Trukikaitis_Postimees, lk 130
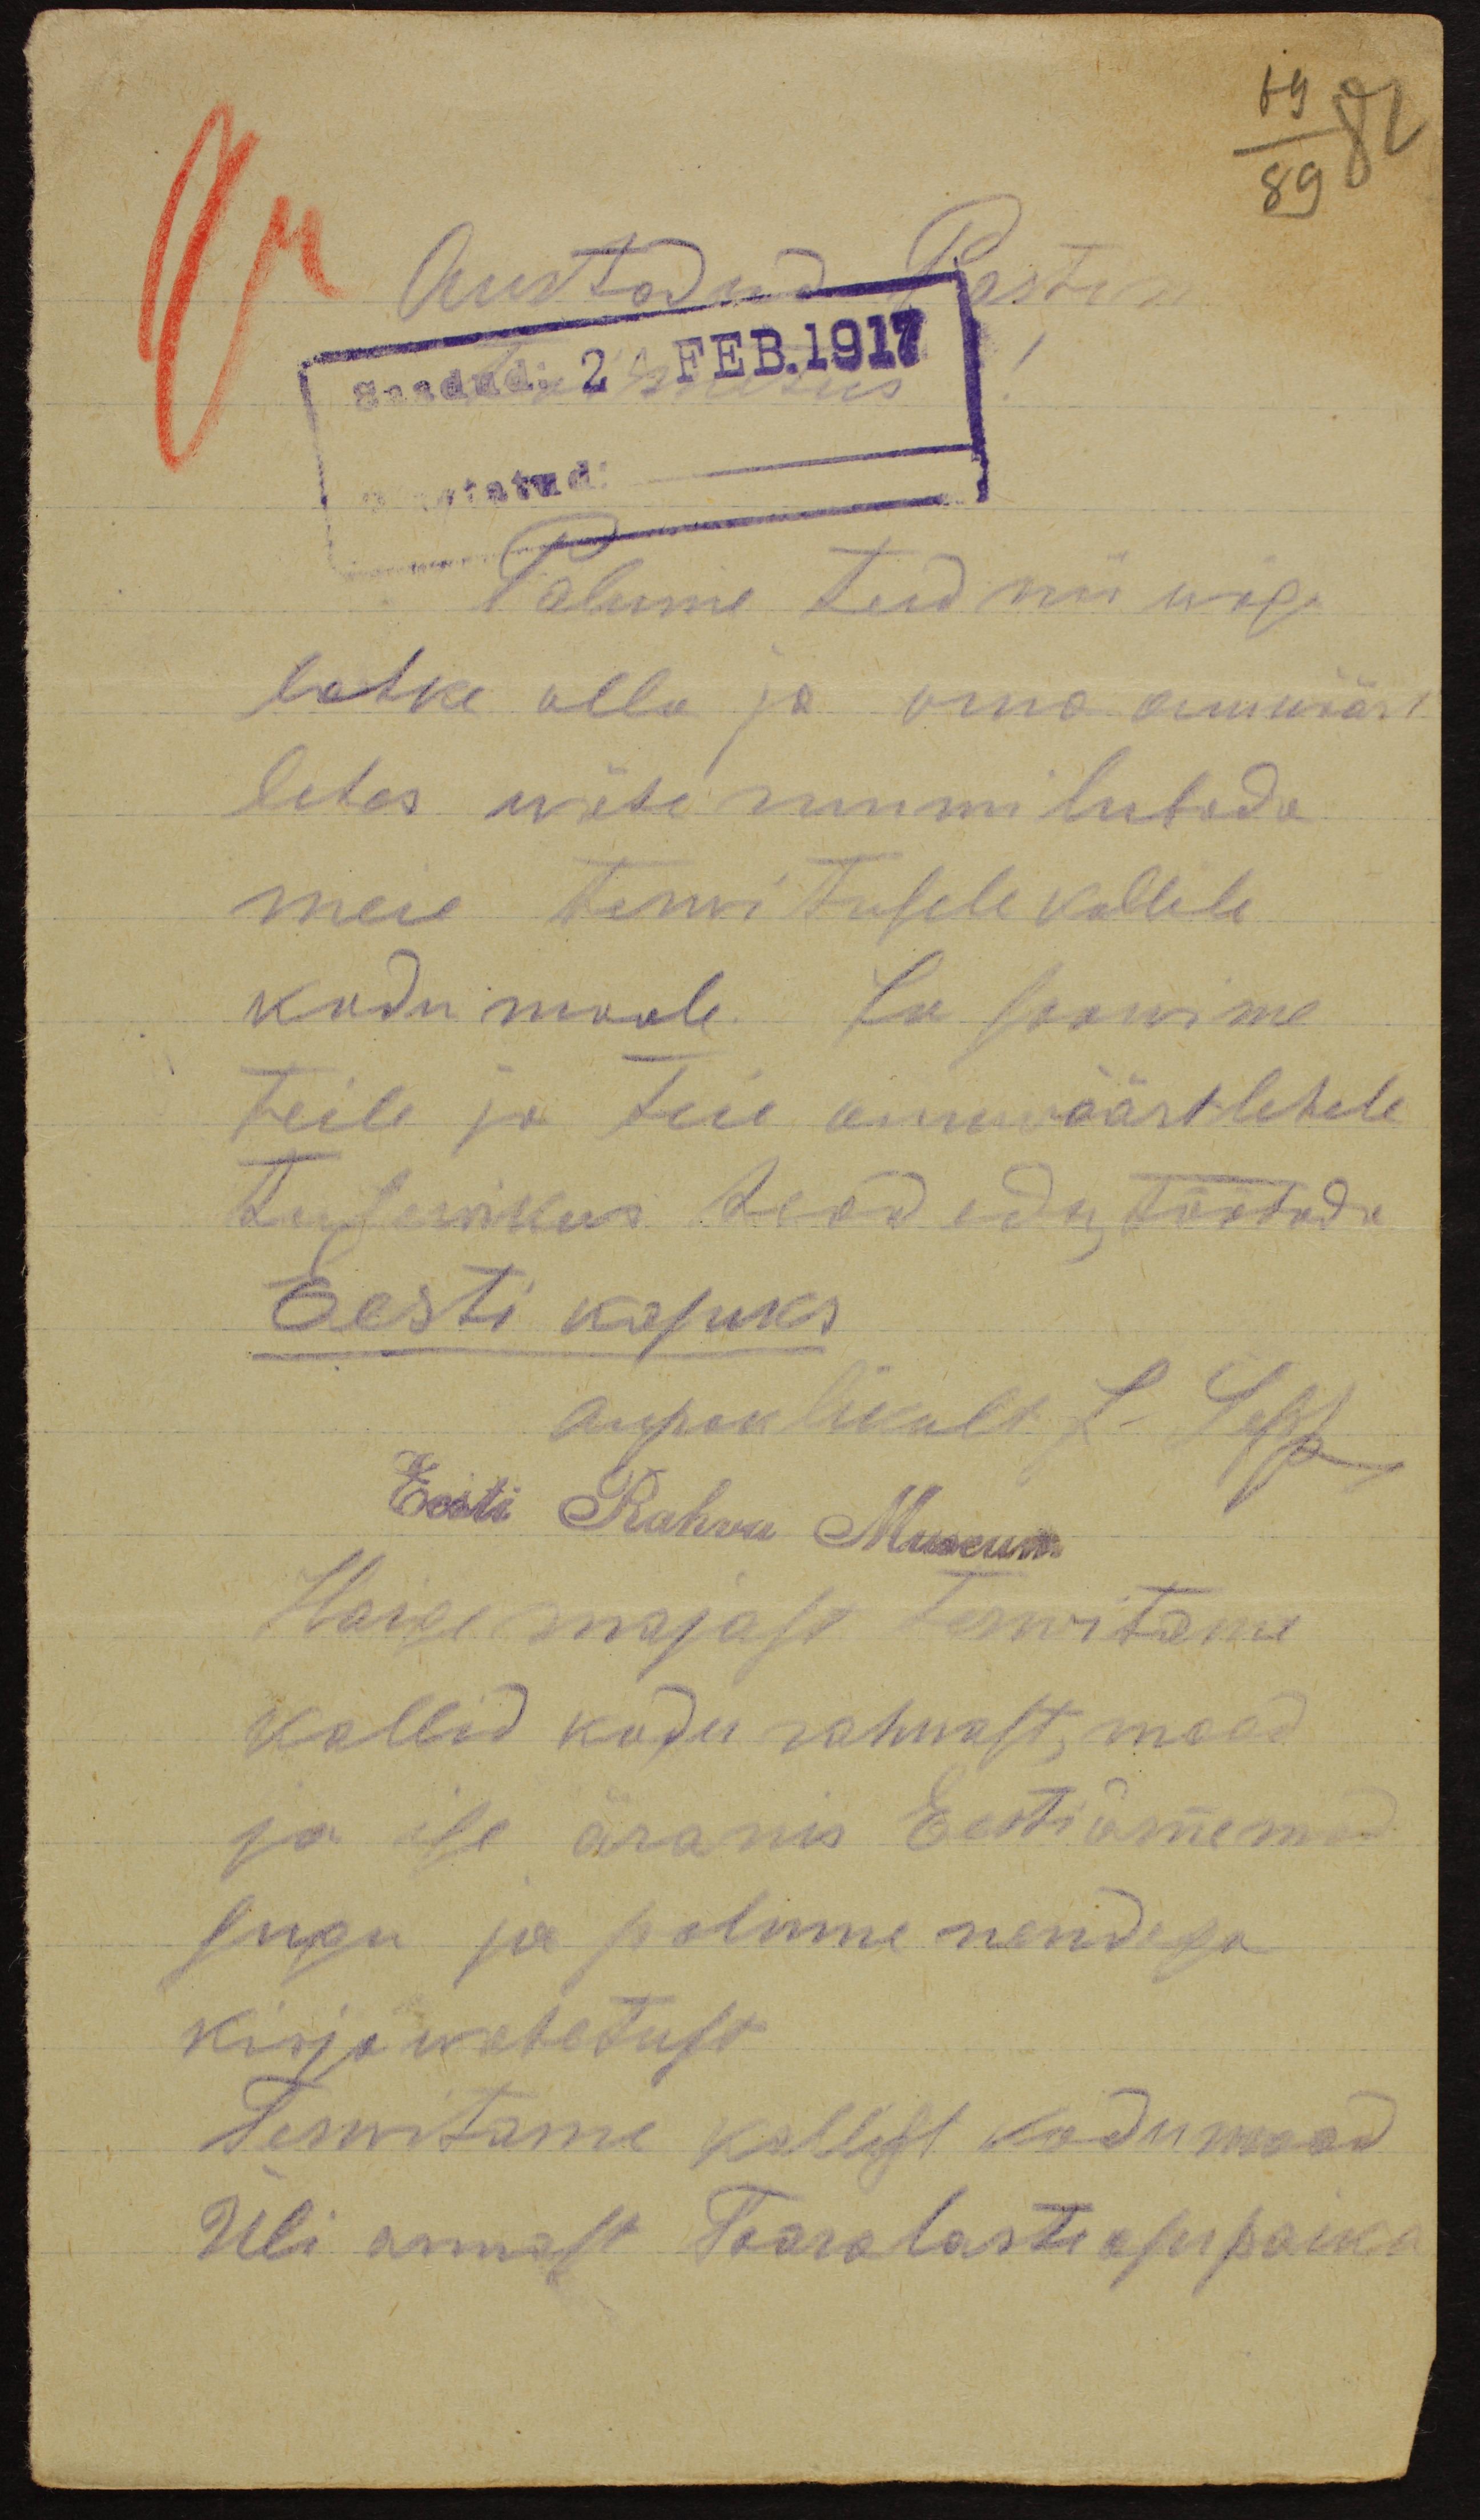
Austadud Postimees
saadud: 24 Feb. 1917
Palume teid nii wäga
lahke olla ja oma auuväärt
lehes wähe ruumi lubada
meie terwitusele kallile
kodumaale. Su soowime
teile ja teie armwäärtlehele
tulevikus head edu töötada
Eesti kasuks
aupaklikult L. Sepp
Eesti Rahva Museum
Haigemajase terwitame
kallid kodu rahwast, maad
ja ise äranis Eesti inimesed
sugu ja palume nendega
kirja wahetust.
Tervitame kallist kodumaad
Üli armast Taaralaste asupaika